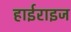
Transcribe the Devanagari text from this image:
हाईराइज